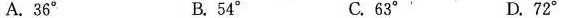
A.36° B.54° C.63°' D.72°